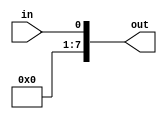
module _1x8uExt (input in, output [7:0] out);
  assign out = {7'b0, in};
endmodule